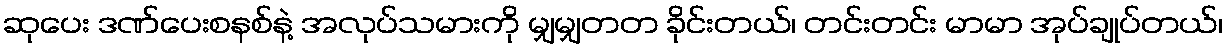
ဆုပေး ဒဏ်ပေးစနစ်နဲ့ အလုပ်သမားကို မျှမျှတတ ခိုင်းတယ်၊ တင်းတင်း မာမာ အုပ်ချုပ်တယ်၊